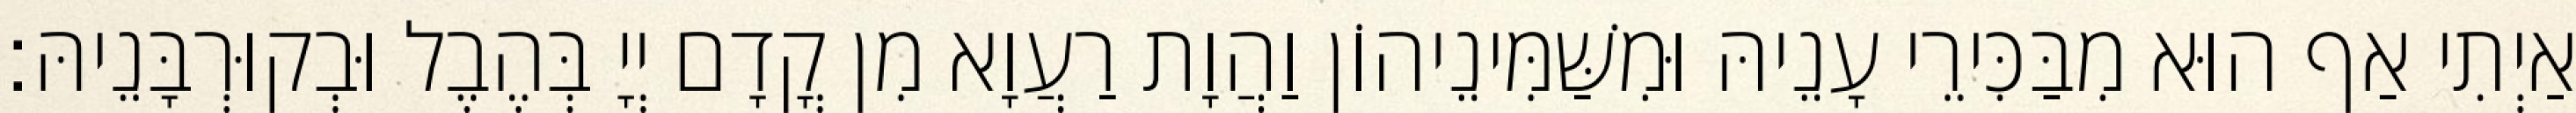
אַיְתִי אַף הוּא מִבַּכִּירֵי עָנֵיהּ וּמִשַּׁמִּינֵיהוֹן וַהֲוָת רַעֲוָא מִן קֳדָם יְיָ בְּהֶבֶל וּבְקוּרְבָּנֵיהּ׃